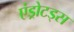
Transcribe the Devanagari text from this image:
एंड्रोटड्स